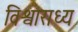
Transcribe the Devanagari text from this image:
विश्वाराध्य